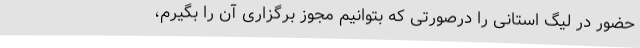
حضور در لیگ استانی را درصورتی که بتوانیم مجوز برگزاری آن را بگیرم،